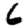
Digit: 6